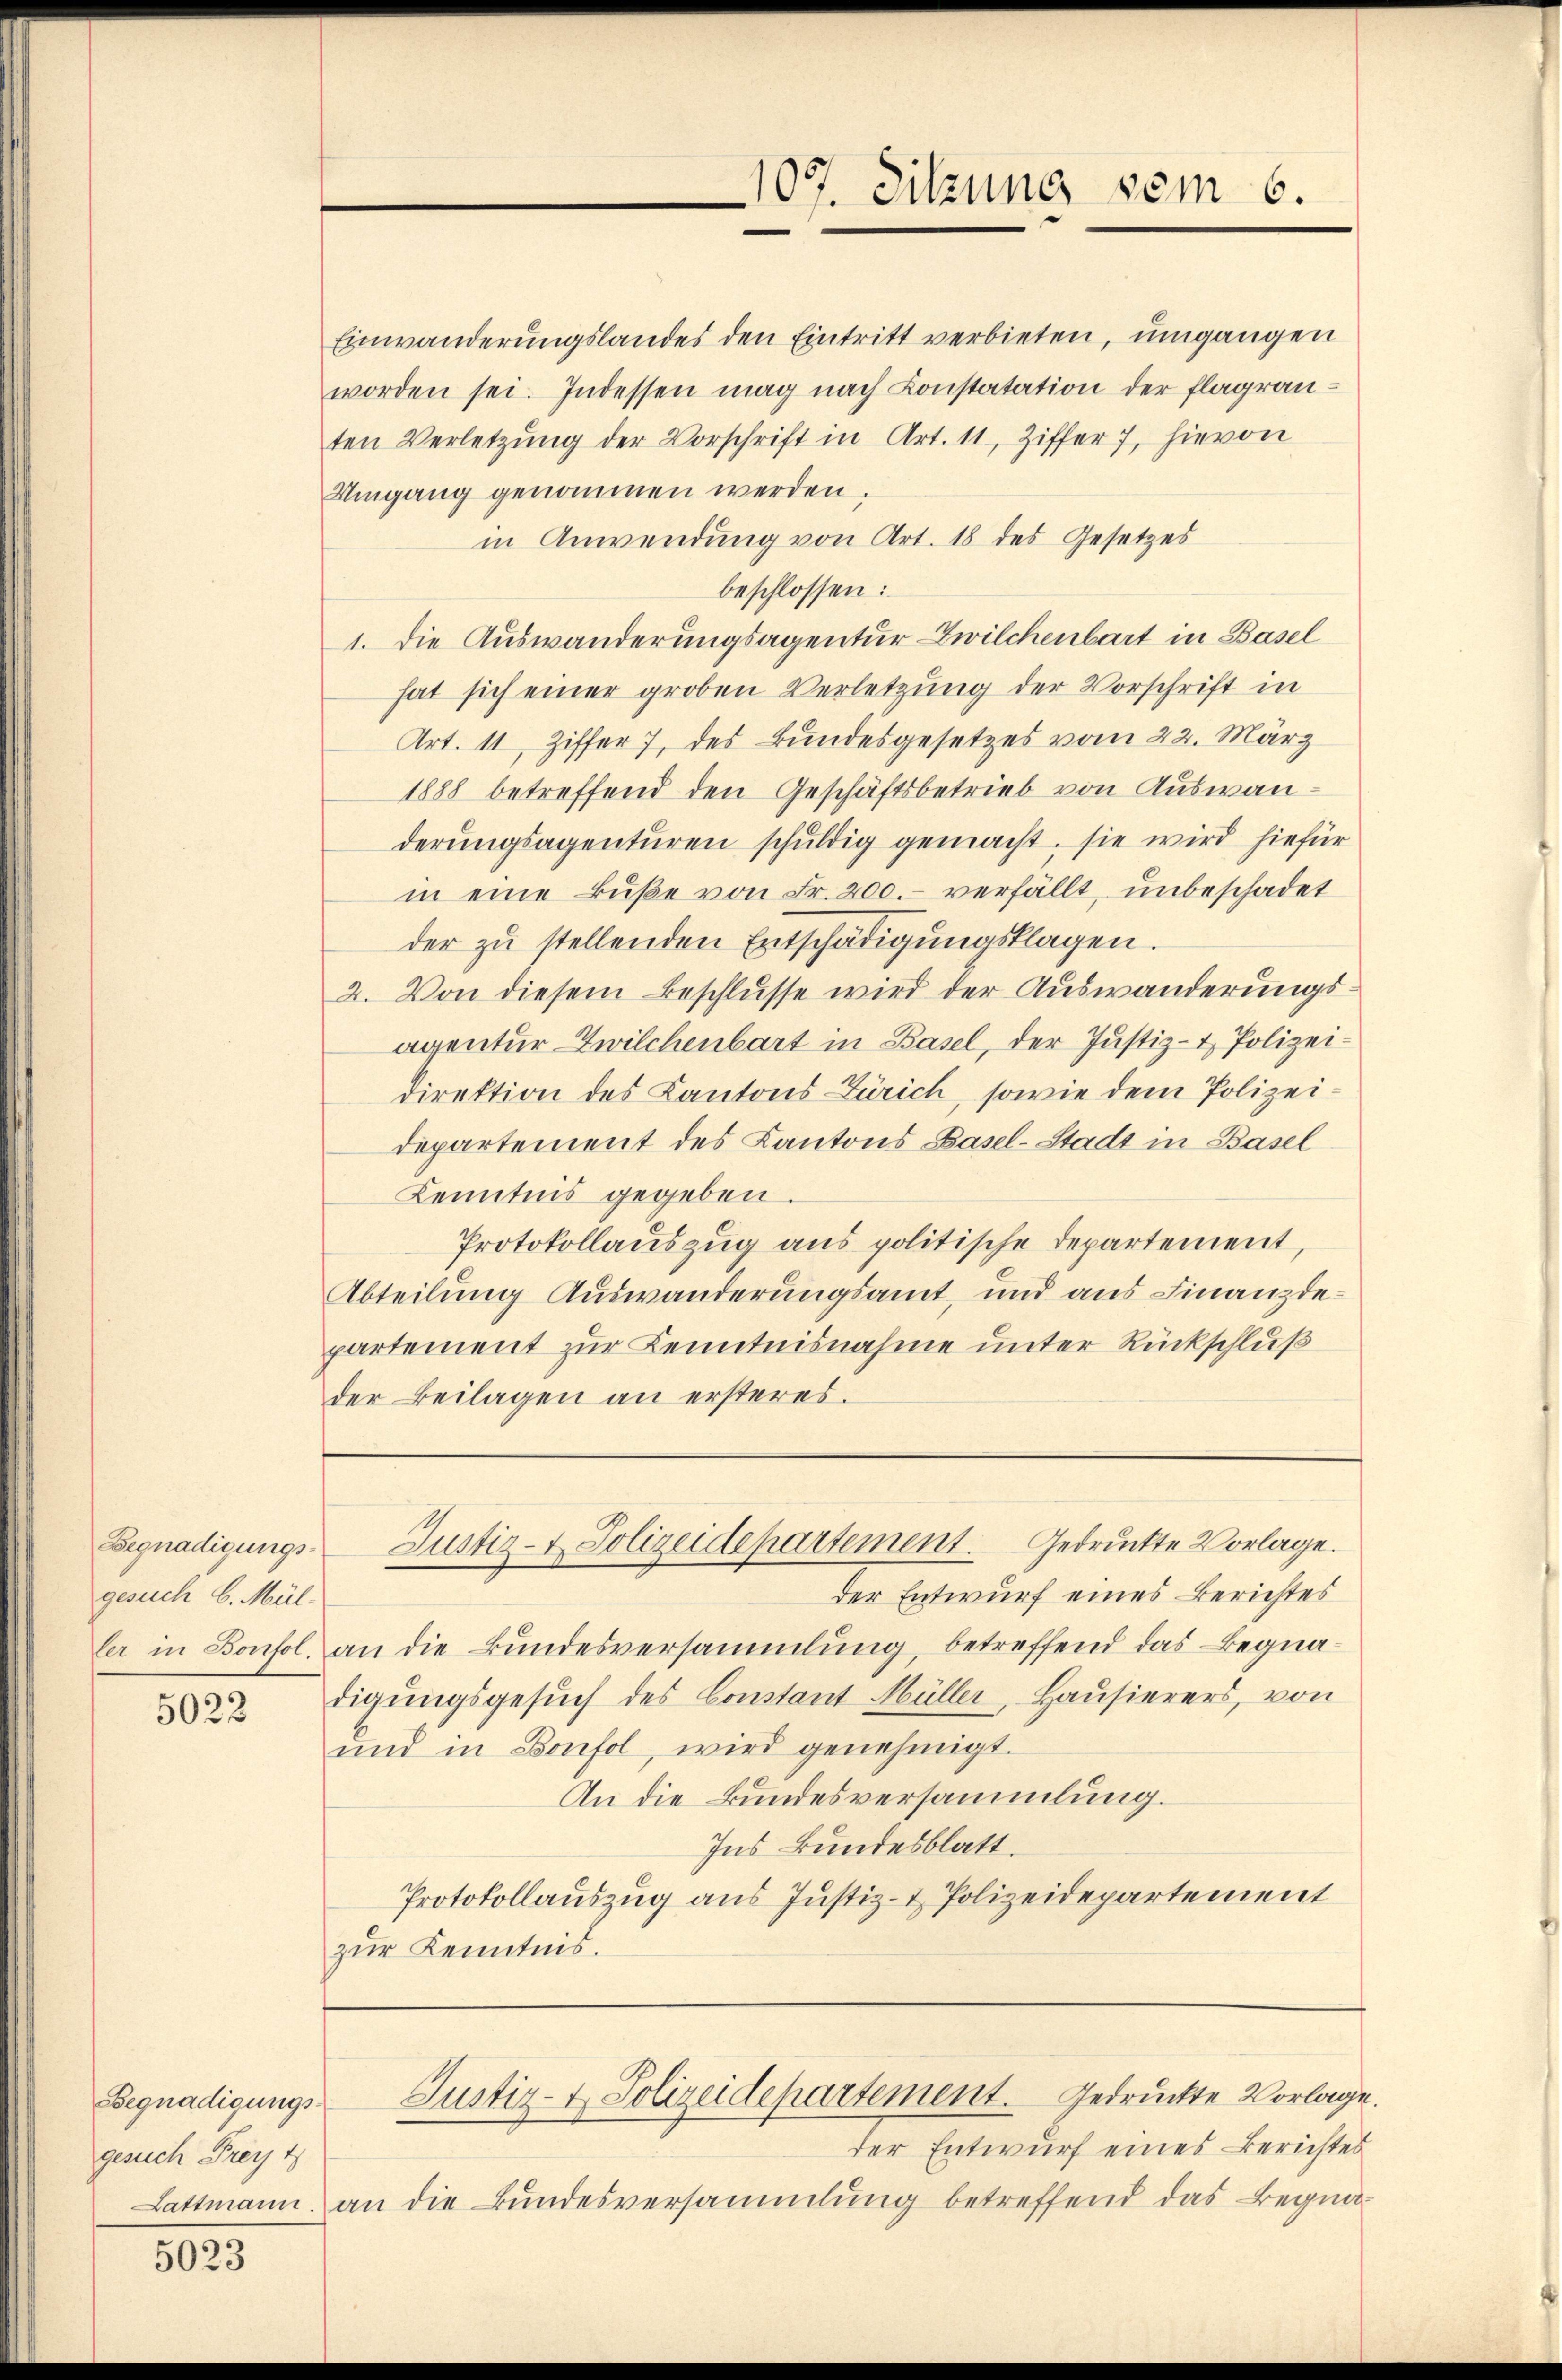
Begnadigungsgesuch C. Mül-
ler in Borfol

5022

Begnadigungsgesuch Freyt
Lattmann.

5023

107. Sitzung vom 6.

Einwanderungslandes den Eintritt verbieten, umgangen
worden sei. Indessen mag nach Constatation der flagranten Verletzung der Vorschrift in Art. 11 Ziffer 7, hievon
Umgang genommen werden,
in Anwendung von Art. 18 des Gesetzes
beschlossen:
1. Die Auswanderungsagentur Zwilchenbart in Basel
hat sich einer groben Verletzung der Vorschrift in
Art. 11, Ziffer 7, des Bundesgesetzes vom 22. März
1888 betreffend den Geschäftsbetrieb von Auswanderungsagenturen schuldig gemacht. sie wird hiefür
in eine Bŭβe von Fr. 200.- verfällt, unbeschadet
der zŭ stellenden Entschädigungsklagen.
2. Von diesem Beschlusse wird der Auswanderungsaventur Zwilchenbart in Basel, der Justiz- & Polizeidirektion des Kantons Zürich, sowie dem Polizeidepartement des Kantons Basel-Stadt in Basel
Kenntnis gegeben.
Protokollauszug aus politische Departement,
Abteilung Auswanderungsamt, und aus Finanzdepartement zur Kenntnisnahme unter Rückschluß
der Beilagen an ersteres.

der Entwurf eines Berichtes
an die Bundesversammlung, betreffend das Begnadigungsgesŭch des Constant Müller, Hausierers, von
und in Bonfol, wird genehmigt.
An die Bundesversammlung.
Ins kundesblatt.
Protokollauszug aus Justiz- & Polizeidepartement
zur Kenntnis.

Justiz- & Polizeidepartement. Gedruckte Vorlage.

der Entwurf eines Berichtes
an die Bundesversammlung betreffend das Begna¬

Justiz- & Polizeidepartement. Gedruckte Vorlage.